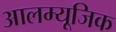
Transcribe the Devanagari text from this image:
आलम्यूजिक